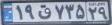
۱۹ق۷۳۵۲۹